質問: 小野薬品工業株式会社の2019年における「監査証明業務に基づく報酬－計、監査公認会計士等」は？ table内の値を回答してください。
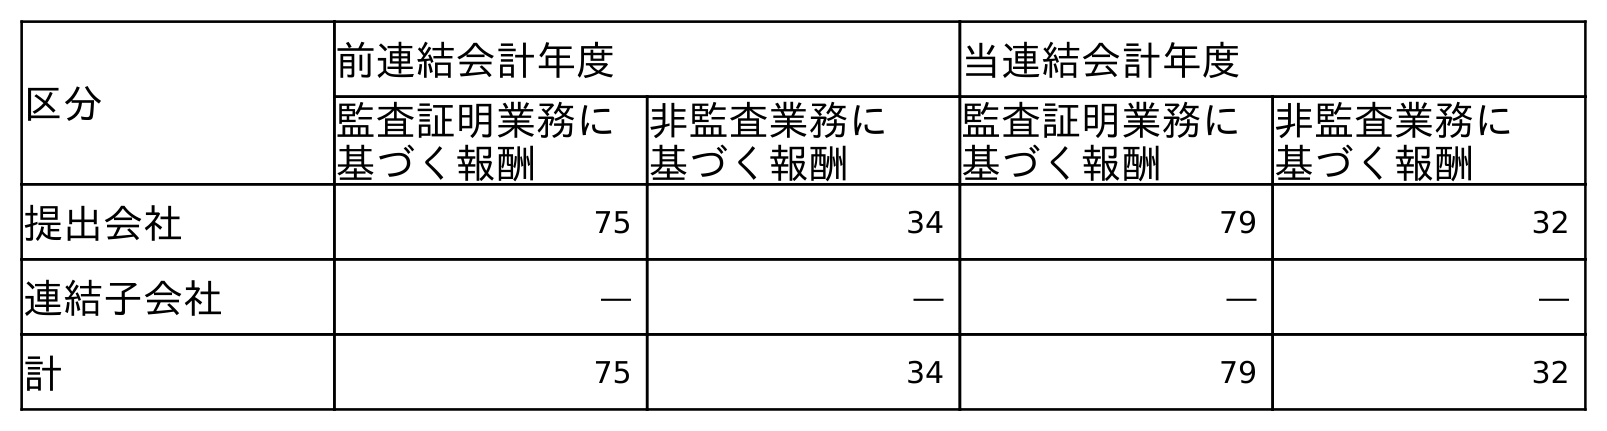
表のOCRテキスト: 区分 前連結会計年度 当連結会計年度 監査証明業務に 基づく報酬 非監査業務に 基づく報酬 監査証明業務に 基づく報酬 非監査業務に 基づく報酬 提出会社 75 34 79 32 連結子会社 ― ― ― ― 計 75 34 79 32
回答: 75